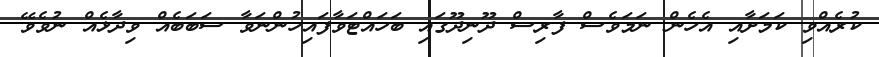
ކުރެއްވި ކަމަށާއި އެހެން ނަމަވެސް ފާރިސް ދޫނިދޫގައި ބަހައްޓަވާފައިހުންނަވާ ސަބަބެއް ވިދާޅެއް ނުވެވޭ